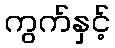
ကွက်နှင့်